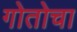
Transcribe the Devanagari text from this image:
गोतोचा